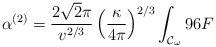
LaTeX: \begin{align*}\alpha^{(2)}=\frac{2\sqrt{2}\pi}{v^{2/3}}\left(\frac{\kappa}{4\pi}\right)^{2/3}\int_{{\cal{C}}_{\omega}}{96F}\end{align*}